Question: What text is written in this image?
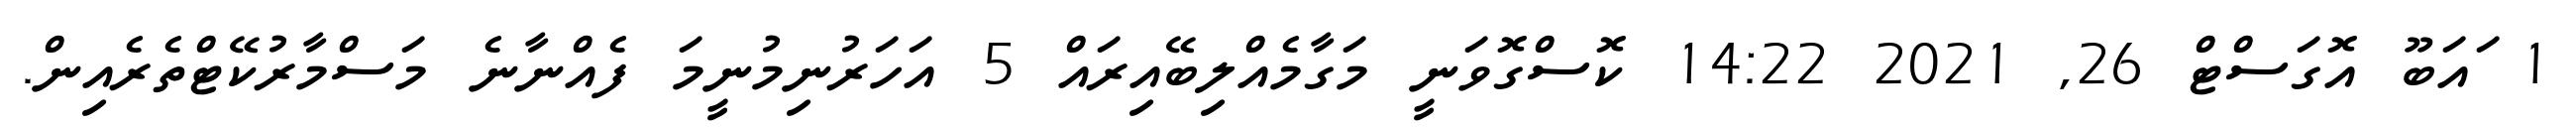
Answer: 1 ައަބޫ އޮގަސްޓް 26, 2021 14:22 ކޮސްގޮވަނީ މަގާމެއްލިބޭއިރައް 5 އަހަރުނިމުނީމަ ފެއްނާނެ މަސްމާރުކޭޓްތެރެއިން.